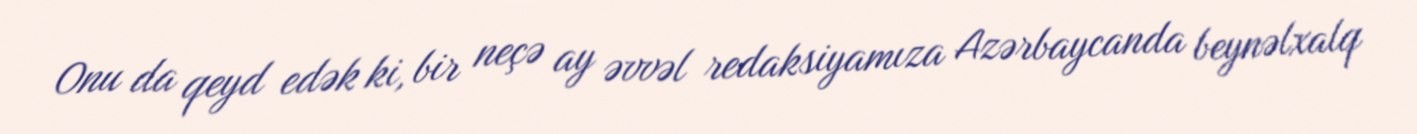
Onu da qeyd edək ki, bir neçə ay əvvəl redaksiyamıza Azərbaycanda beynəlxalq